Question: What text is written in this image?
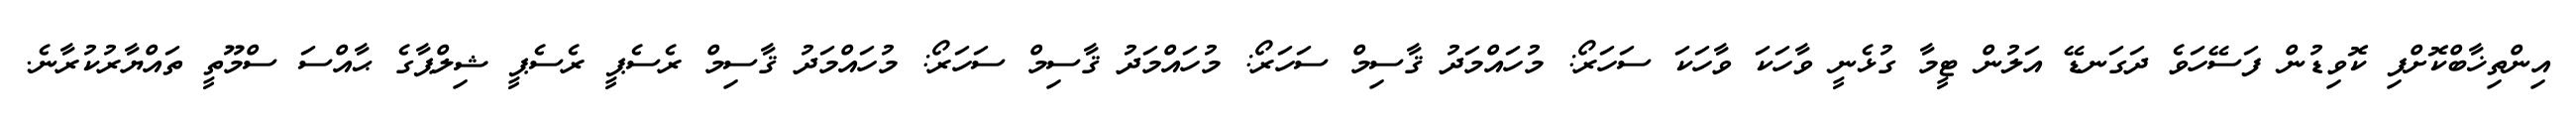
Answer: އިންތިޚާބްކޮށްފި ކޮވިޑުން ފަސޭހަވެ ދަގަނޑޭ އަލުން ޓީމާ ގުޅެނީ ވާހަކަ ވާހަކަ ސަހަރޯ: މުހައްމަދު ޤާސިމް ސަހަރޯ: މުހައްމަދު ޤާސިމް ސަހަރޯ: މުހައްމަދު ޤާސިމް ރެސެޕީ ރެސެޕީ ޝިލްޕާގެ ޙާއްސަ ސްމޫތީ ތައްޔާރުކުރާނެ.